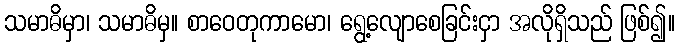
သမာဓိမှာ၊ သမာဓိမှ။ စာဝေတုကာမော၊ ရွေ့လျောစေခြင်းငှာ အလိုရှိသည် ဖြစ်၍။